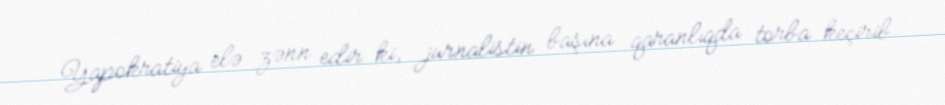
Yapokratiya elə zənn edir ki, jurnalistin başına qaranlıqda torba keçirib